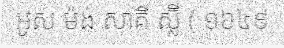
អូស ម៉ង់ សាគី ស្ល៊ី ( ១៦៤៩